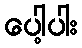
ပေါ့ပါး